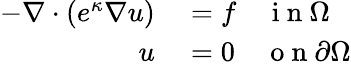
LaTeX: \begin{array}{rl}{-\nabla\cdot\left(e^{\kappa}\nabla u\right)}&{{}=f\quad\mathrm{~i~n~}\Omega}\\ {u}&{{}=0\quad\mathrm{~o~n~}\partial\Omega}\end{array}